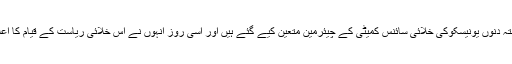
“ ڈاکٹر آئیگور گزشتہ دنوں یونیسکوکی خلائی سائنس کمیٹی کے چیئرمین متعین کیے گئے ہیں اور اسی روز انہوں نے اس خلائی ریاست کے قیام کا اعلان بھی کر دیا ہے۔